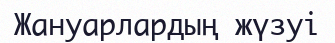
Жануарлардың жүзуі